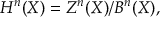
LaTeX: H ^ { n } ( X ) = Z ^ { n } ( X ) / B ^ { n } ( X ) ,